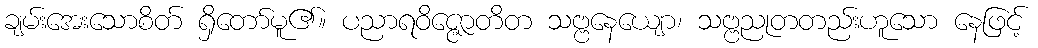
ချမ်းအေးသောစိတ် ရှိတော်မူ၏။ ပညာရဝိဇ္ဇောတိတ သဗ္ဗနေယျော၊ သဗ္ဗညုတတည်းဟူသော နေဖြင့်